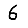
Digit: 6